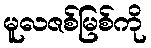
မူလဇစ်မြစ်ကို